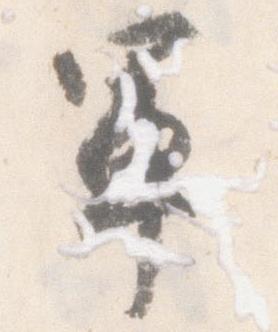
軍